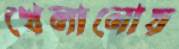
খেলানোয়